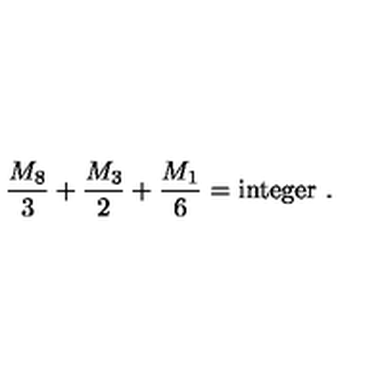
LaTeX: { \frac { M _ { 8 } } { 3 } } + { \frac { M _ { 3 } } { 2 } } + { \frac { M _ { 1 } } { 6 } } = \mathrm { i n t e g e r } \ .